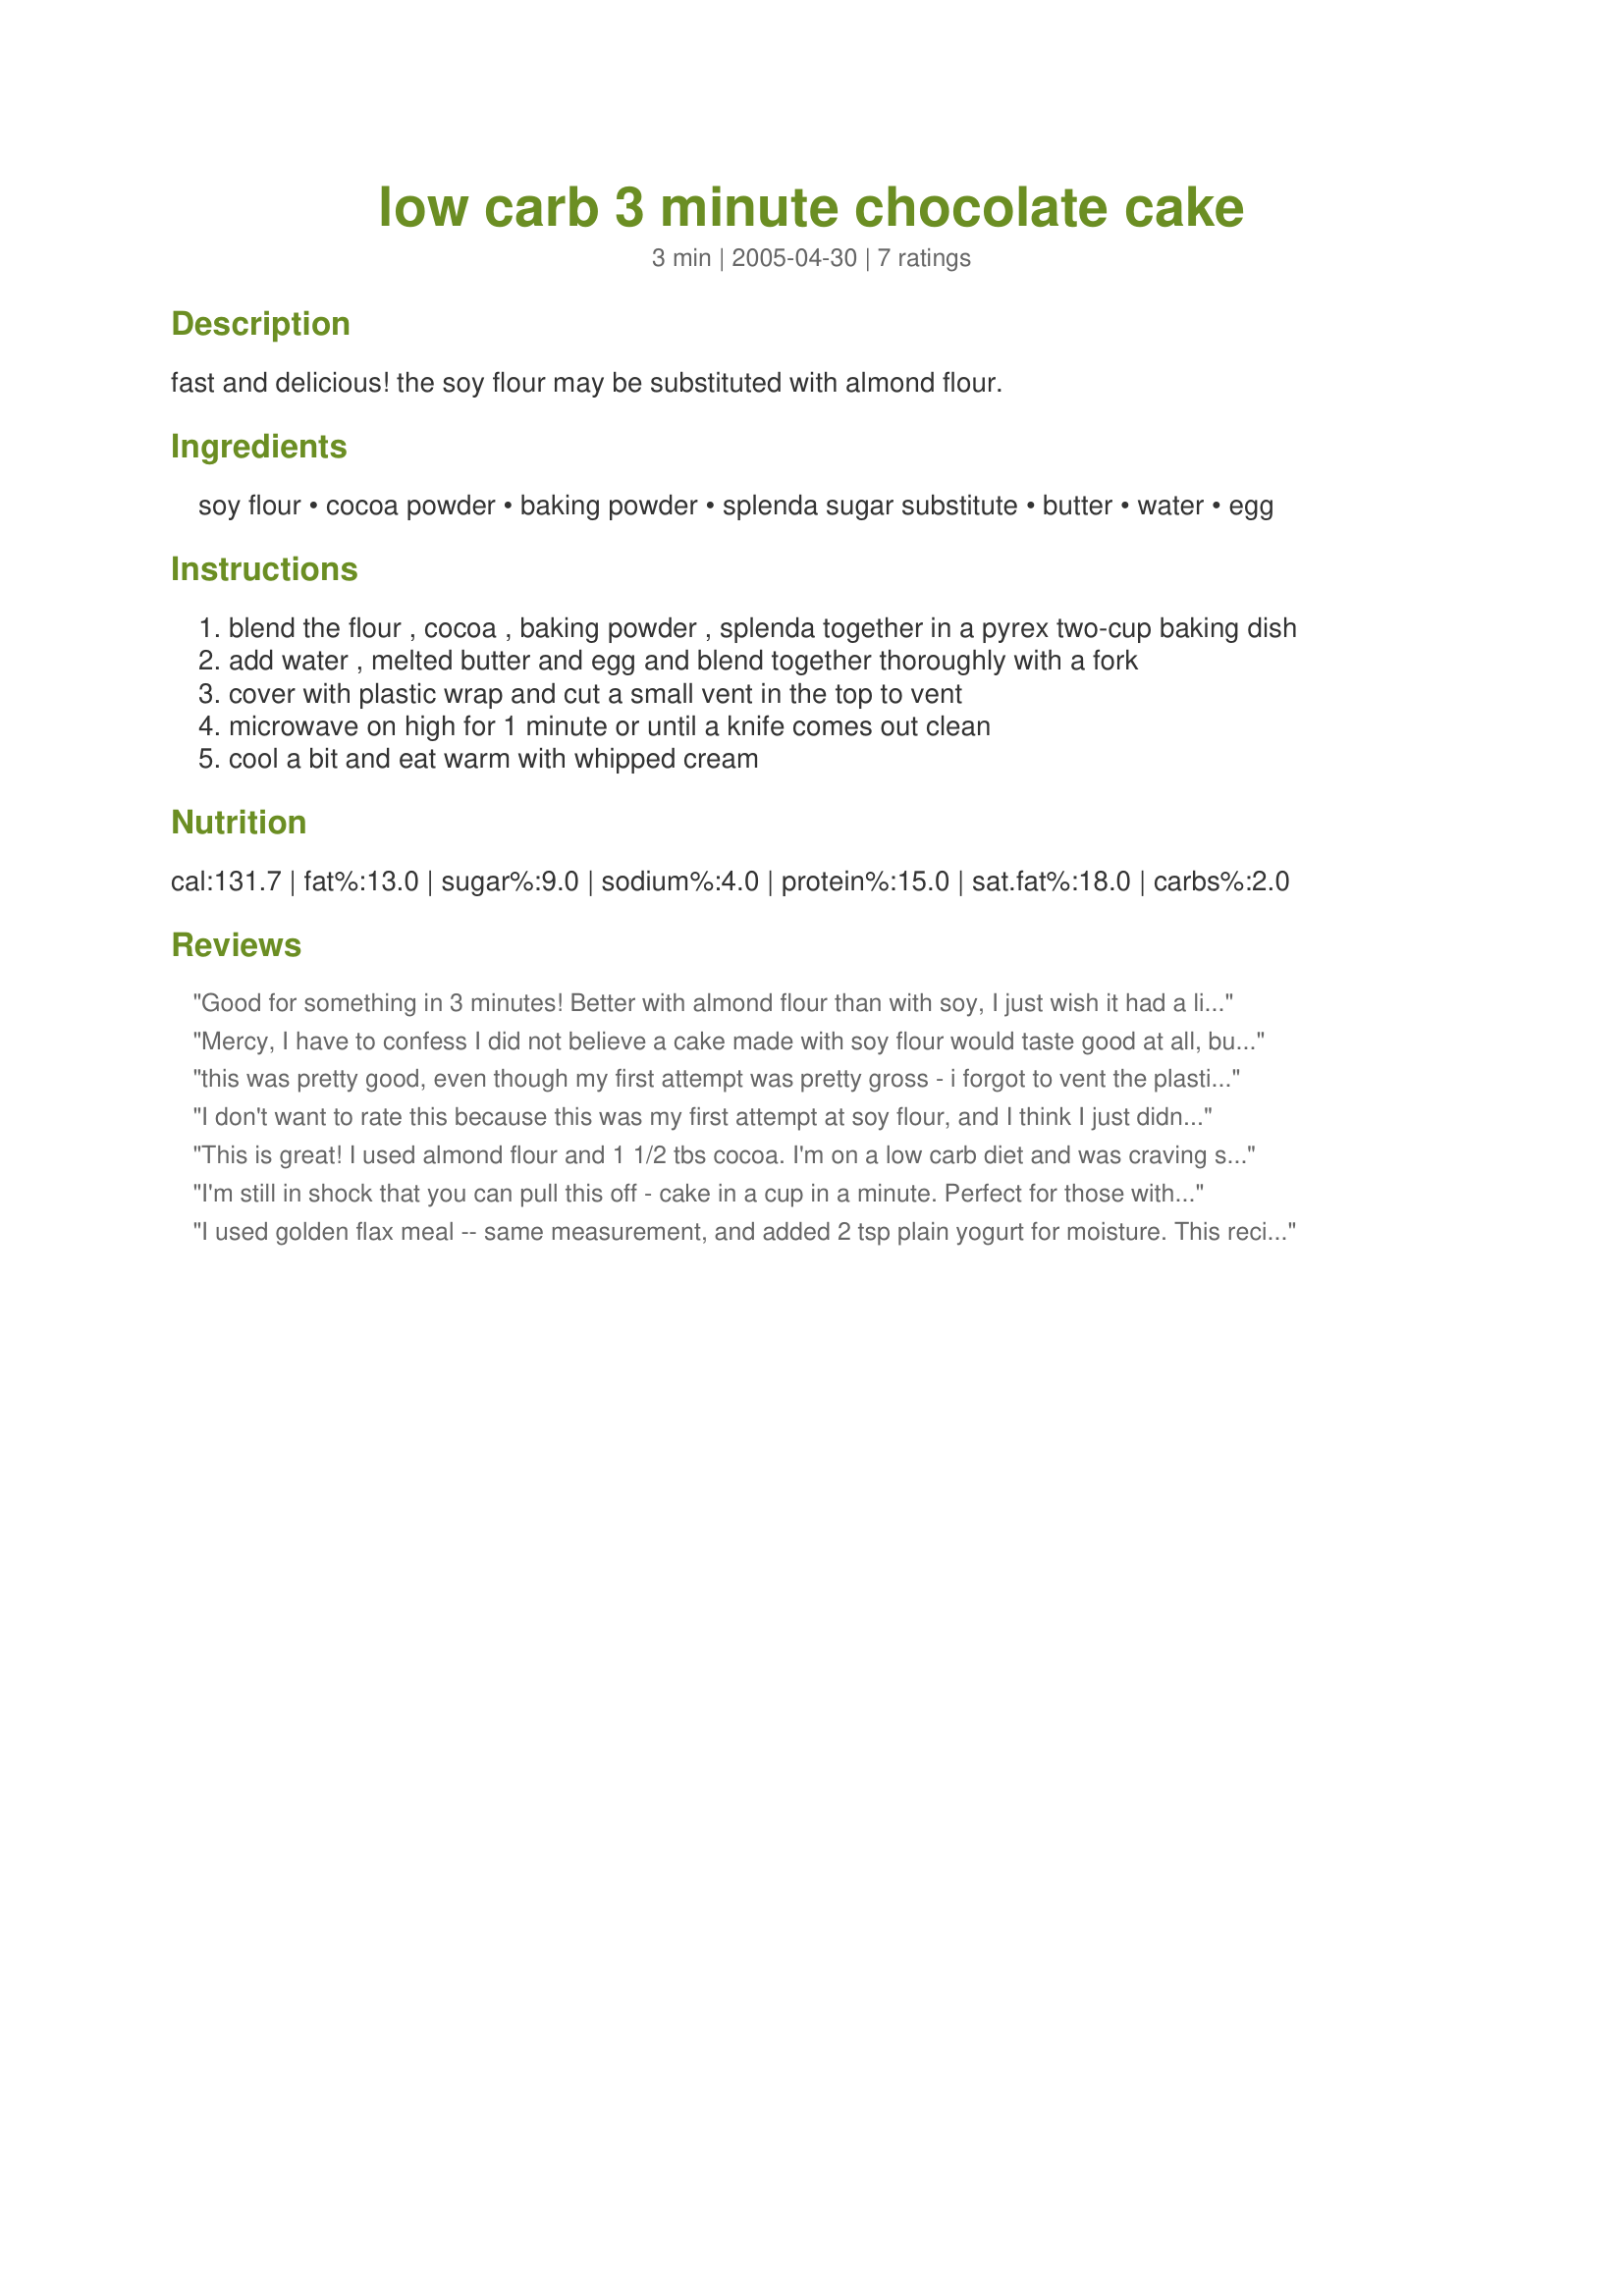
low carb 3 minute chocolate cake
Preparation time: 3 minutes

fast and delicious! the soy flour may be substituted with almond flour.

Ingredients:
soy flour, cocoa powder, baking powder, splenda sugar substitute, butter, water, egg

Steps:
blend the flour , cocoa , baking powder , splenda together in a pyrex two-cup baking dish
add water , melted butter and egg and blend together thoroughly with a fork
cover with plastic wrap and cut a small vent in the top to vent
microwave on high for 1 minute or until a knife comes out clean
cool a bit and eat warm with whipped cream

Reviews:
Good for something in 3 minutes! Better with almond flour than with soy, I just wish it had a little more chocolate flavor.
Mercy, I have to confess I did not believe a cake made with soy flour would taste good at all, but changed my mind as soon as I tried your recipe! I still cannot believe how delicious and soft this cake is! I unmolded the slightly cooled cake on a dish, surrounded it with slices of fresh peach and decorated with whipped cream--heavenly! I wonder what the result would be if I put a square of bitter-sweet chocolate inside the raw dough%u2026 I bet I could fool everybody into believing it's regular molten cake! I'm going to try this trick on my next dinner party.
this was pretty good, even though my first attempt was pretty gross - i forgot to vent the plastic and when i got done cooking the plastic sucked down into the cake and smushed it flat! oops... 2nd try worked pretty good, but i did change it a little. used 1/2 soy and 1/2 oat flour, and added some vanilla and extra splenda. next time i'll add more cocoa too, for taste and color, and maybe try the almond flour instead of the oat. i'm a little leary of all soy flour, i think it tastes like dog food. will definitely make this again but i want to tinker w/ it a little. thnaks mercy!
I don't want to rate this because this was my first attempt at soy flour, and I think I just didn't like that flavor. But the recipe worked fine in the microwave so thank you anyway!
This is great! I used almond flour and 1 1/2 tbs cocoa.

I'm on a low carb diet and was craving something chocolate, this really hit the spot! Thanks!
I'm still in shock that you can pull this off - cake in a cup in a minute. Perfect for those with zero impulse control. I'm going to keep playing with this - I used garbanzo bean flour, which is a little less bitter than soy flour and will try the almond four next. Also, I don't think it needs a full minute in my microwave. (I have to tell you, watching this thing rise in the mug in the microwave was pretty ... ummmm ... astonishing.)
I used golden flax meal -- same measurement, and added 2 tsp plain yogurt for moisture. This recipe turned out beautifully. For the topping I whipped one cup heavy cream, 1 heaping T cocoa powder and 2 pkts of Splenda with my power stick to a thick, stiff consistancy. Perfect balance to the dense cake and just the right sweetness. The cake cut in half and was perfect for 2 servings. I am already making recipe 263983 South Beach Muffin, which is pretty similar and it turns out great. I imagine "add ins" would work with this recipe, too. Thanks for dessert, Mercy.
